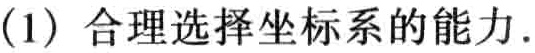
(1) 合理选择坐标系的能力.